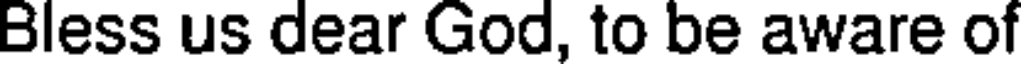
Bless us dear God, to be aware of